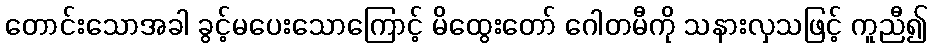
တောင်းသောအခါ ခွင့်မပေးသောကြောင့် မိထွေးတော် ဂေါတမီကို သနားလှသဖြင့် ကူညီ၍